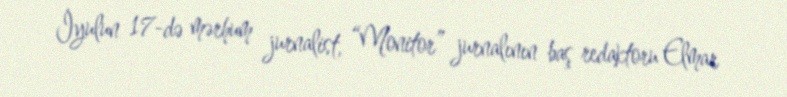
İyulun 17-də mərhum jurnalist, “Monitor” jurnalının baş redaktoru Elmar